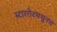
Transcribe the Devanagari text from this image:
स्टारगेटमधूनच